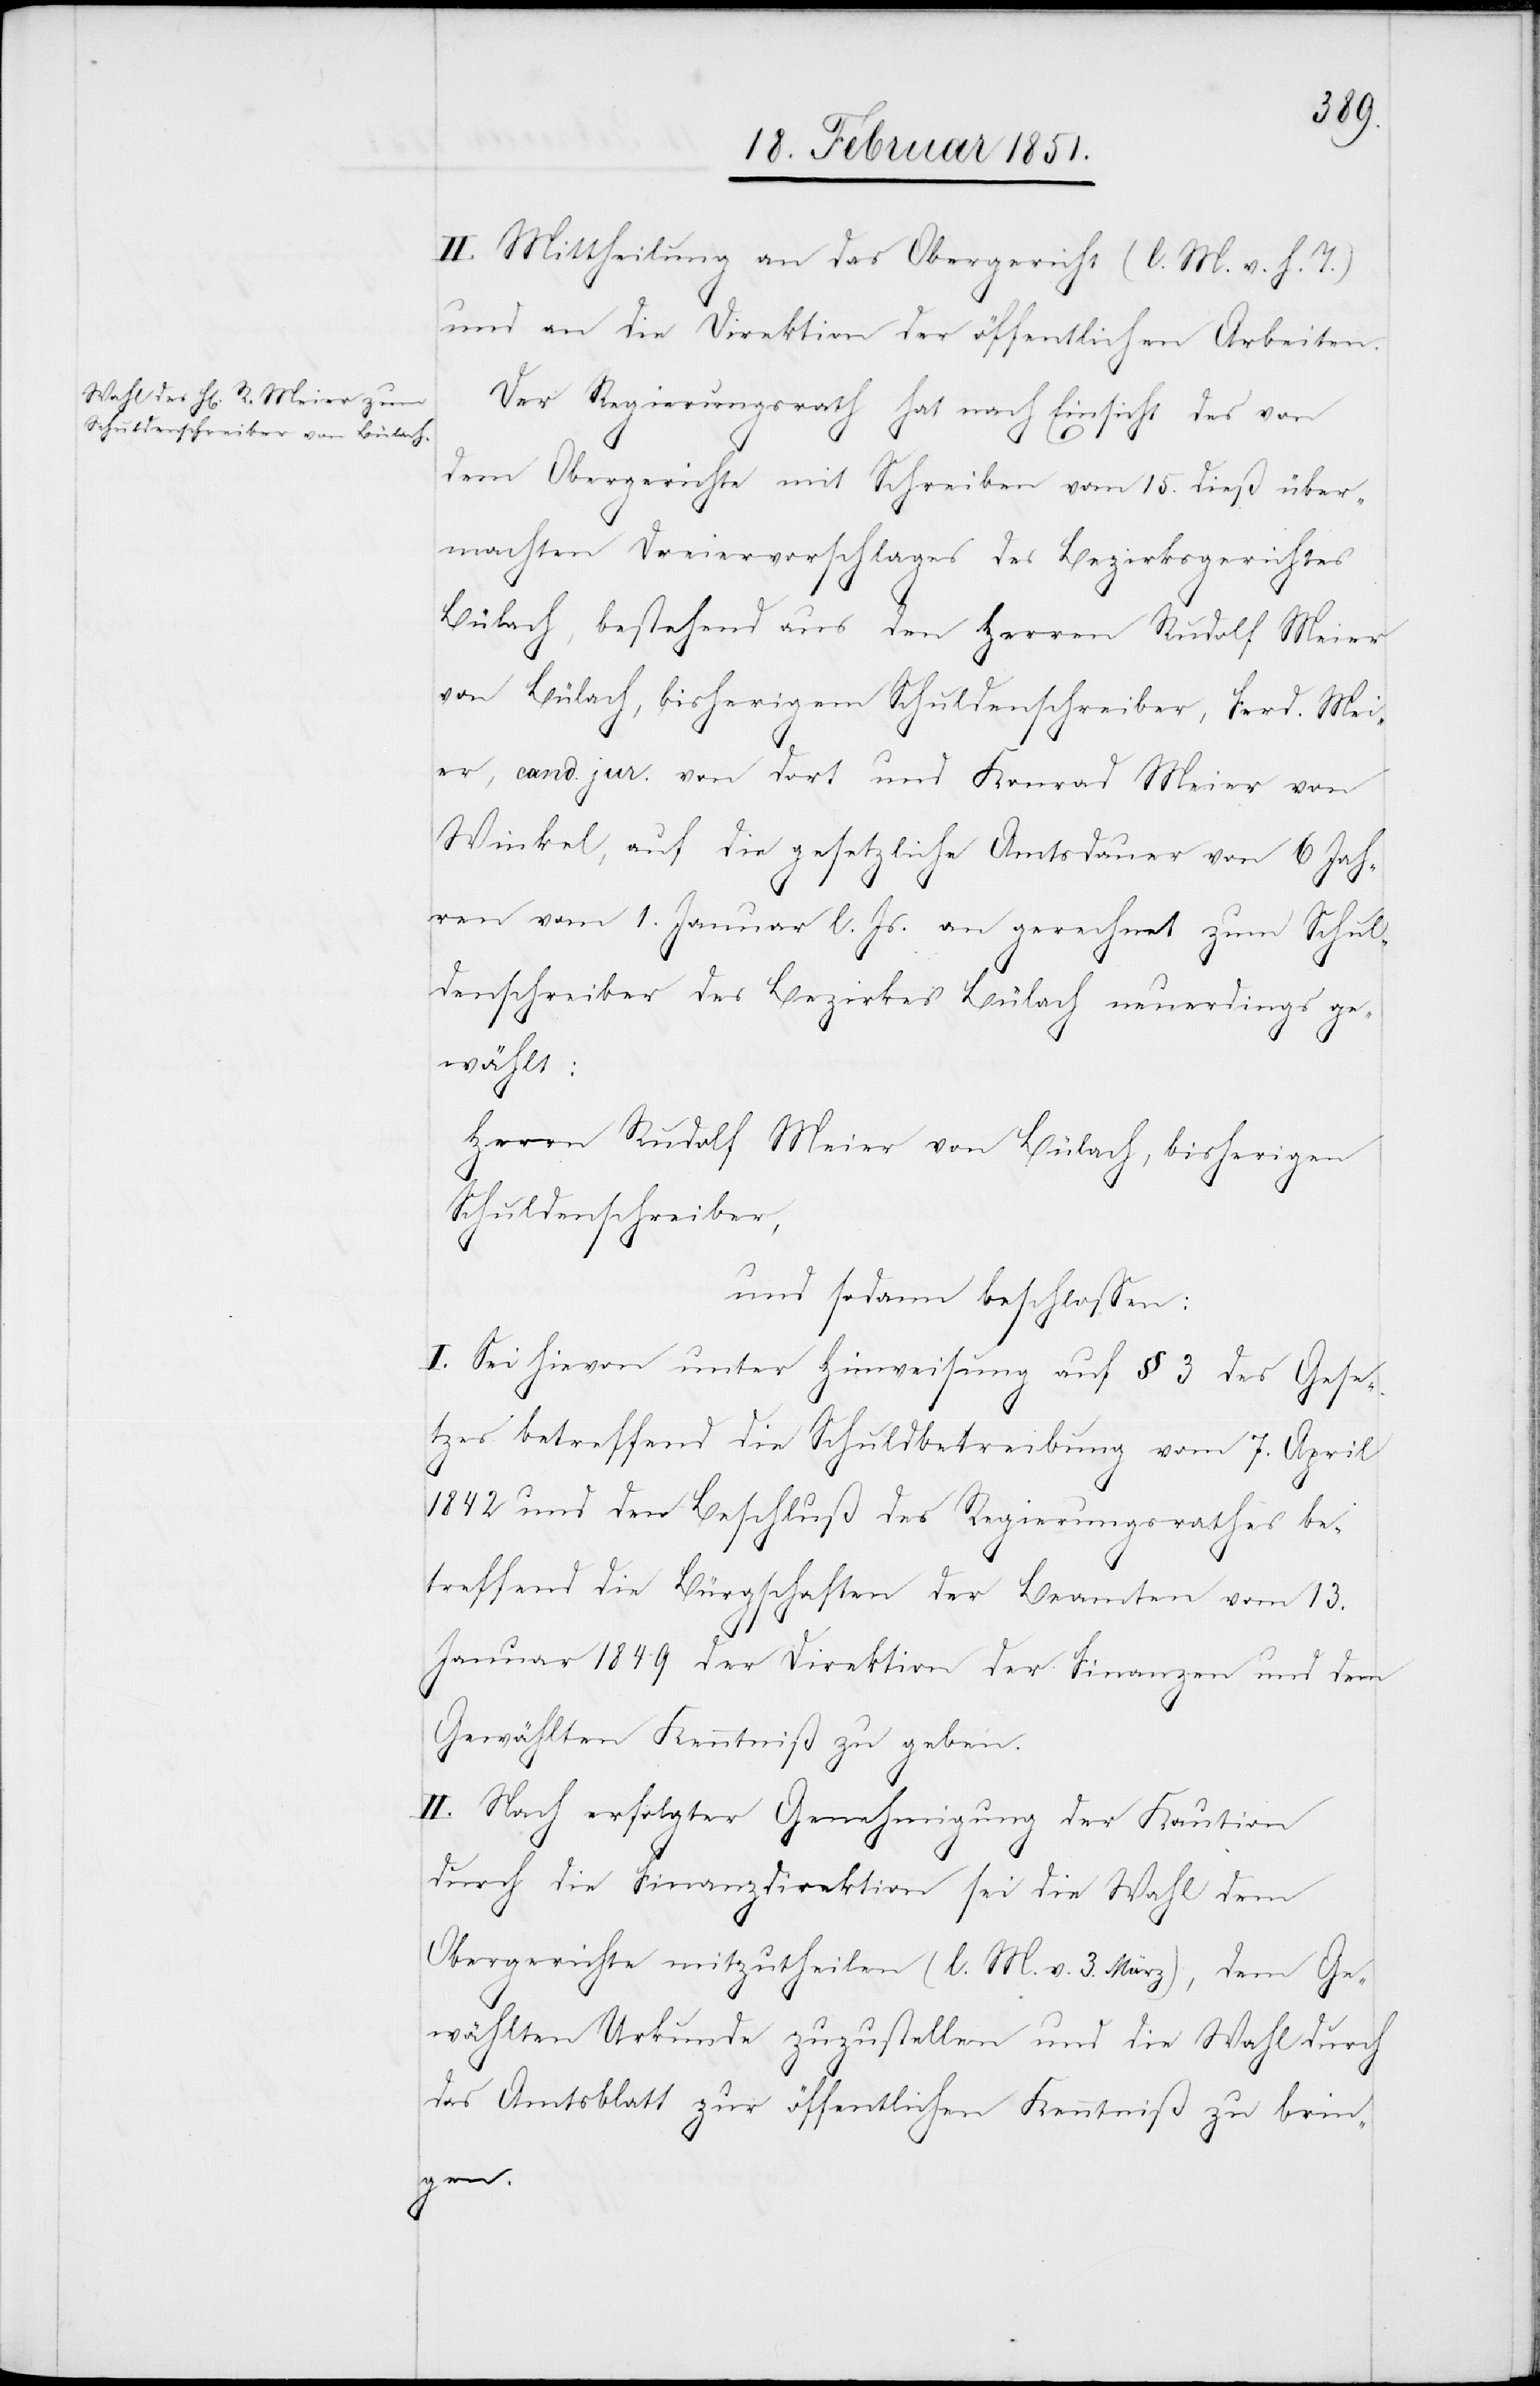
II. Mittheilung an das Obergericht (l. M. v. h. T.)
und an die Direktion der öffentlichen Arbeiten.
Der Regierungsrath hat nach Einsicht des von
dem Obergerichte mit Schreiben vom 15. dieß über¬
machten Dreiervorschlages des Bezirksgerichtes
Bülach, bestehend aus den Herren Rudolf Meier
von Bülach, bisherigem Schuldenschreiber, Ferd. Mei¬
er, cand. jur. von dort und Konrad Meier von
Winkel, auf die gesetzliche Amtsdauer von 6 Jah¬
ren vom 1. Januar l. Js. an gerechnet zum Schul¬
denschreiber des Bezirkes Bülach neuerdings ge¬
wählt:
Herrn Rudolf Meier von Bülach, bisherigen
Schuldenschreiber,
und sodann beschlossen:
I. Sei hievon unter Hinweisung auf § 3 des Gese¬
tzes betreffend die Schuldbetreibung vom 7. April
1842 und den Beschluß des Regierungsrathes be¬
treffend die Bürgschaften der Beamten vom 13.
Januar 1849 der Direktion der Finanzen und dem
Gewählten Kenntniß zu geben.
II. Nach erfolgter Genehmigung der Kaution
durch die Finanzdirektion sei die Wahl dem
Obergerichte mitzutheilen (l. M. v. 3. März), dem Ge¬
wählten Urkunde zuzustellen und die Wahl durch
das Amtsblatt zur öffentlichen Kenntniß zu brin¬
gen.